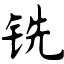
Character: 铣